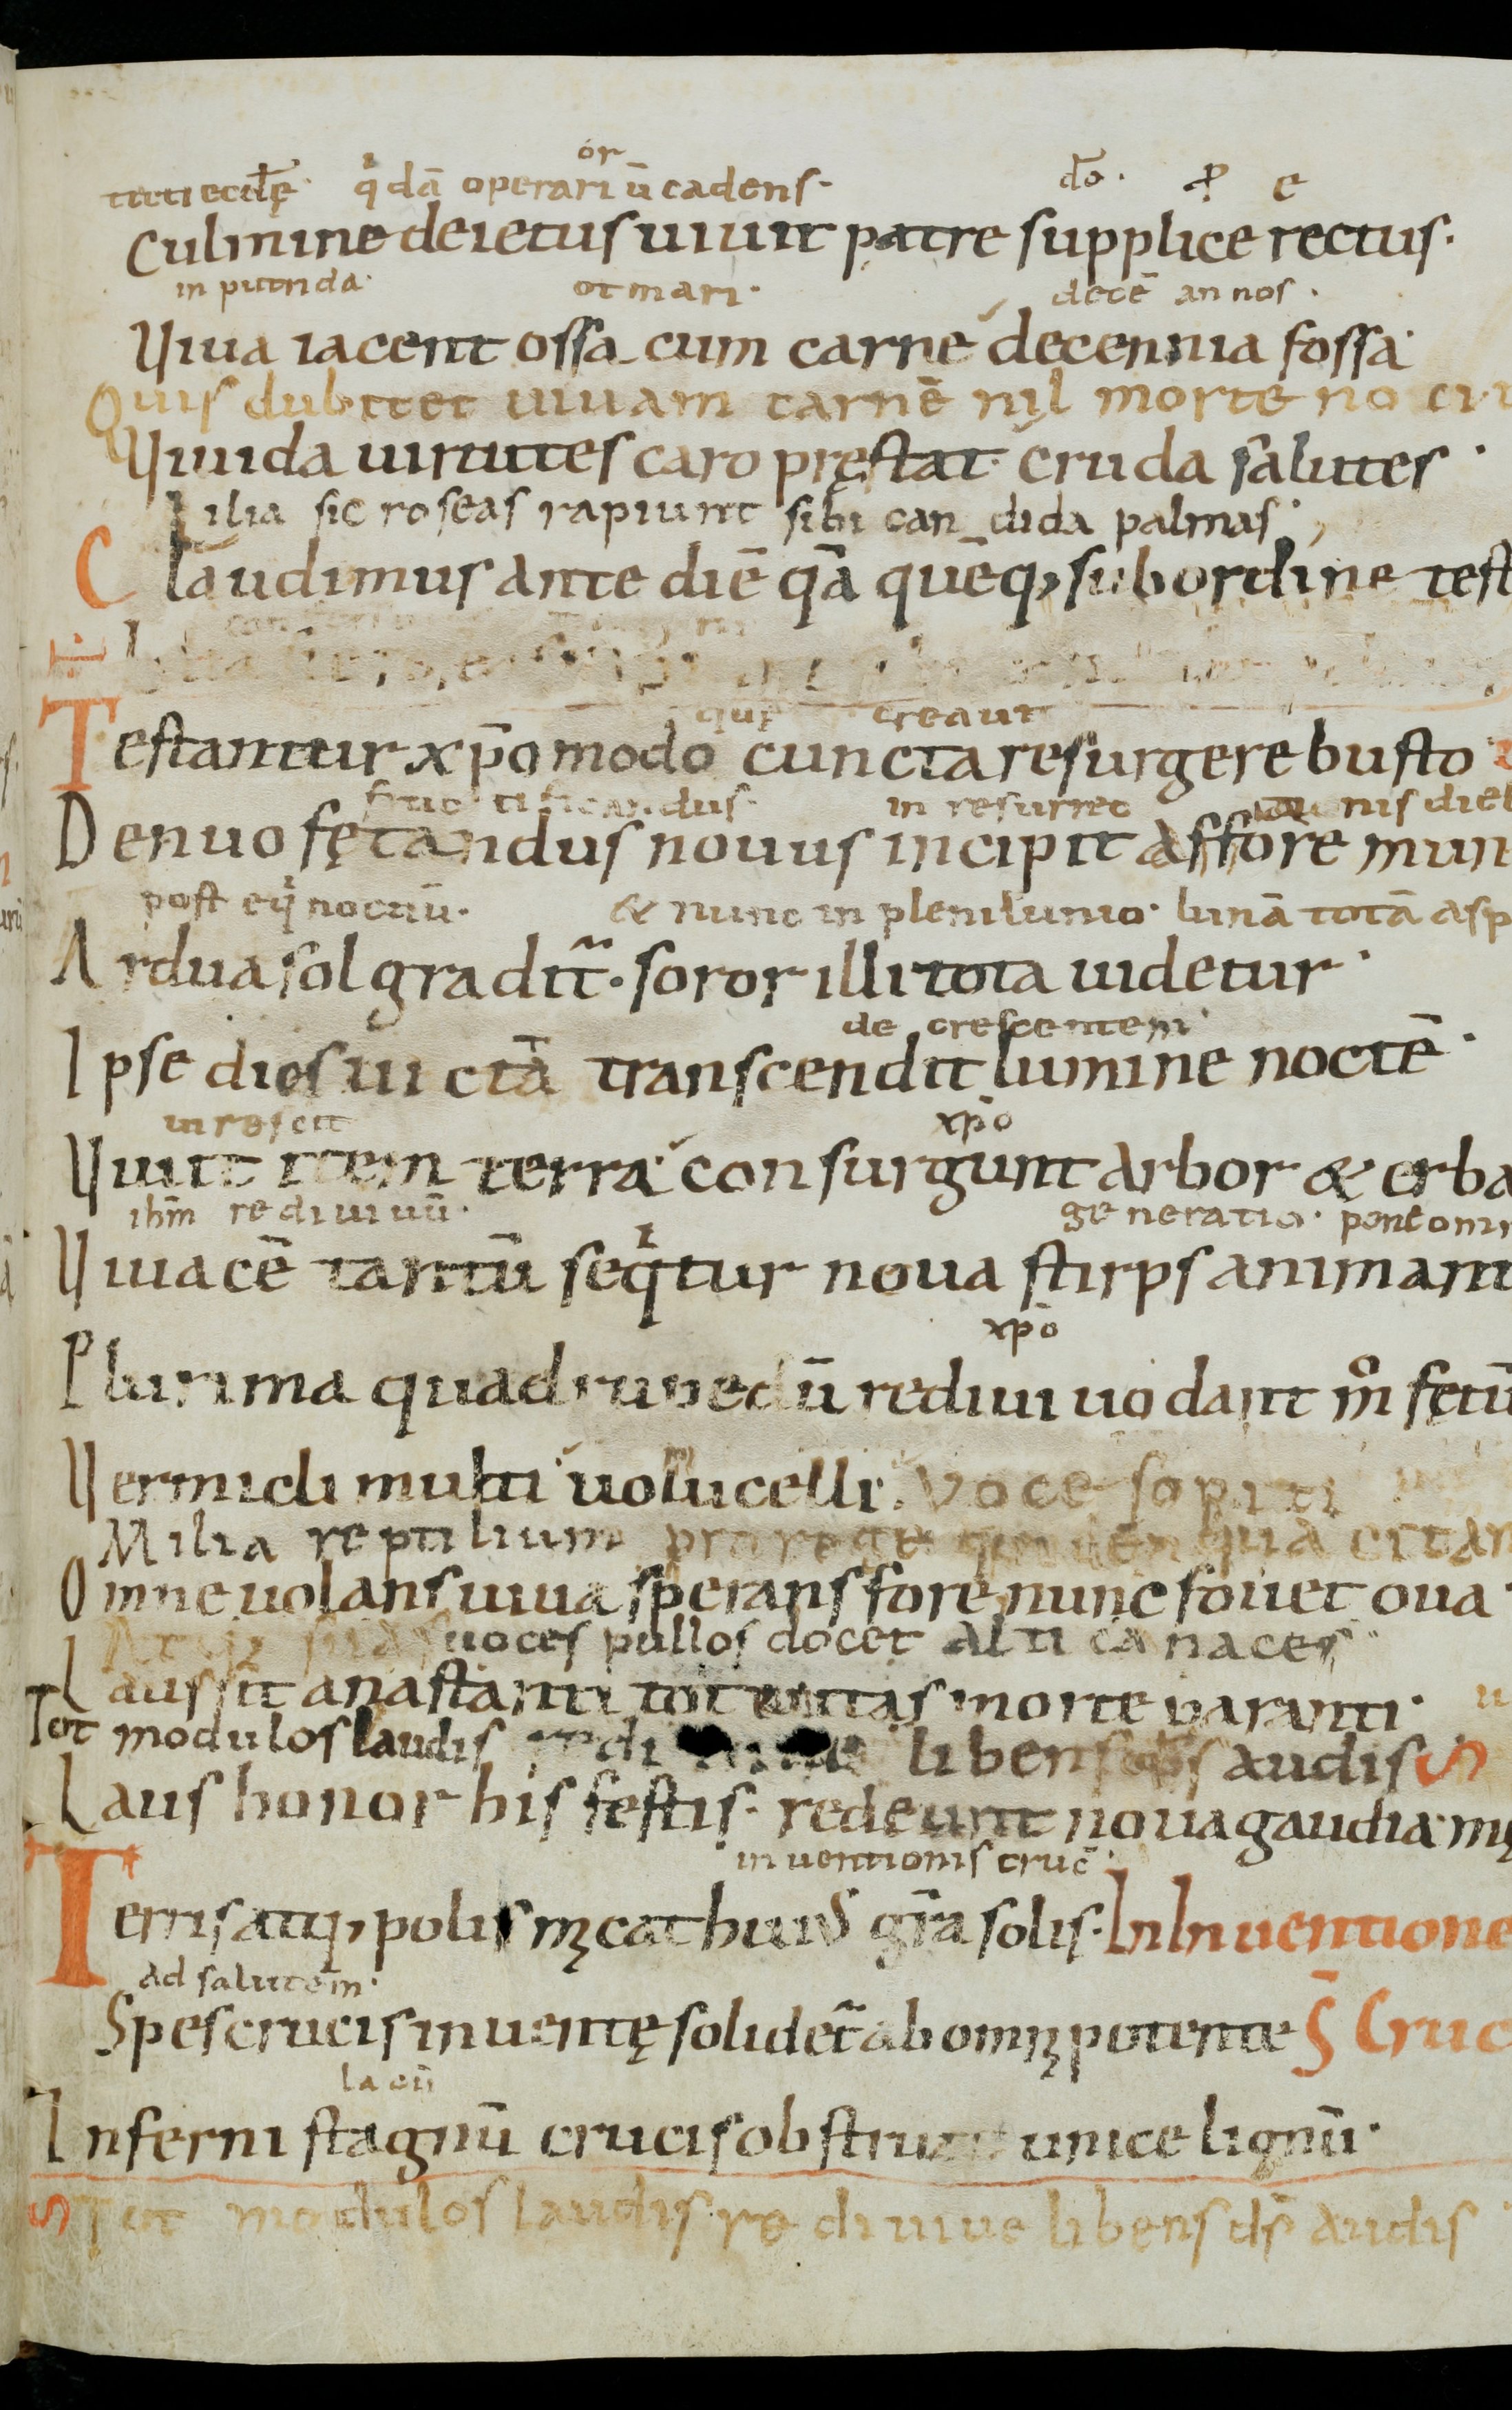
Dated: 1000–1099